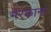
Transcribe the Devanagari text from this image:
मैरैकाना